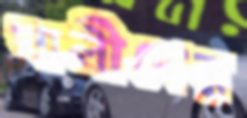
খালীদের